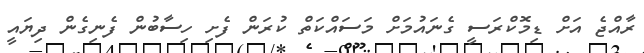
ރާއްޖެ އަށް ޑިމޮކްރަސީ ގެނައުމަށް މަސައްކަތް ކުރަން ފެށި ހިސާބުން ފެނިގެން ދިޔައީ